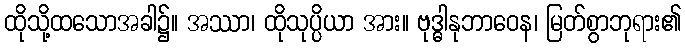
ထိုသို့ထသောအခါ၌။ အဿာ၊ ထိုသုပ္ပိယာ အား။ ဗုဒ္ဓါနုဘာဝေန၊ မြတ်စွာဘုရား၏